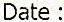
DATE :